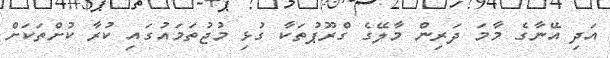
އަދި އޭނާގެ މާމަ ދަރިން މާލޭގެ ގްރޫޕުތަކާ ގުޅި މުޖުތަމައުގައި ކުރާ ކުށްތަކަށް